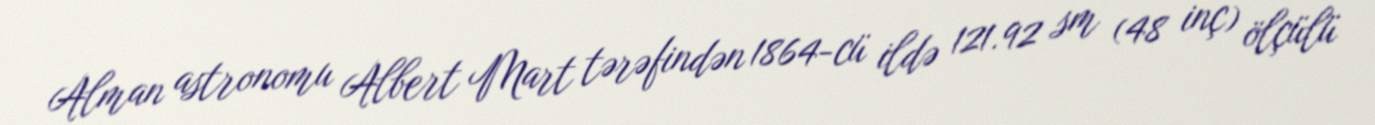
Alman astronomu Albert Mart tərəfindən 1864-cü ildə 121.92 sm (48 inç) ölçülü